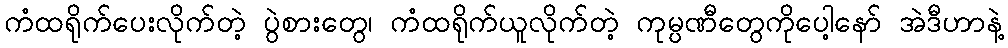
ကံထရိုက်ပေးလိုက်တဲ့ ပွဲစားတွေ၊ ကံထရိုက်ယူလိုက်တဲ့ ကုမ္ပဏီတွေကိုပေါ့နော် အဲဒီဟာနဲ့